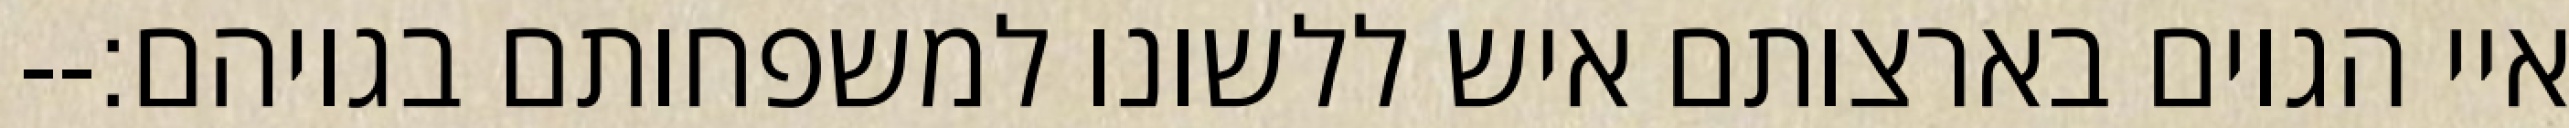
איי הגוים בארצותם איש ללשונו למשפחותם בגויהם׃--